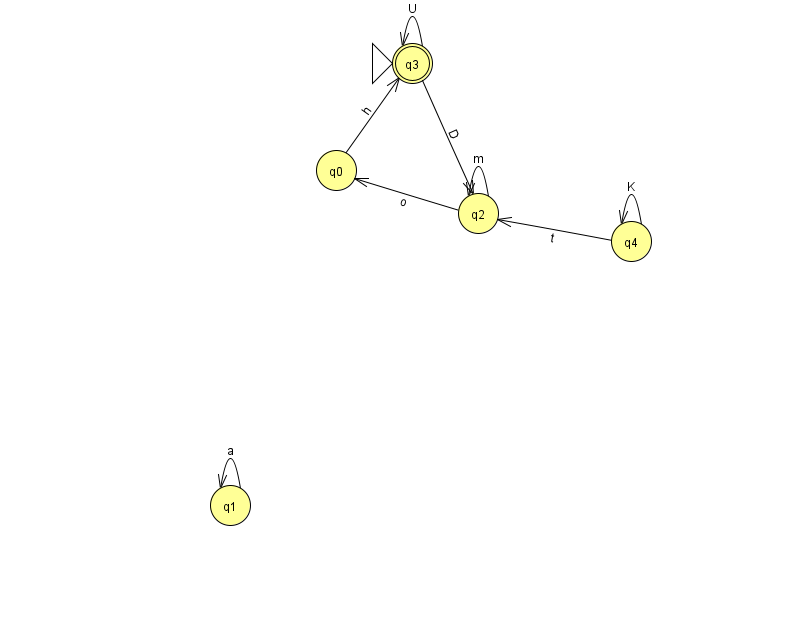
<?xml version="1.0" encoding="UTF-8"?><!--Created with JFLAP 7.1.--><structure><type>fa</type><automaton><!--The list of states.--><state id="0" name="q0"><x>336.0</x><y>157.0</y></state><state id="1" name="q1"><x>230.0</x><y>492.0</y></state><state id="2" name="q2"><x>478.0</x><y>200.0</y></state><state id="3" name="q3"><x>412.0</x><y>50.0</y><initial/><final/></state><state id="4" name="q4"><x>631.0</x><y>228.0</y></state><!--The list of transitions.--><transition><from>1</from><to>1</to><read>a</read></transition><transition><from>2</from><to>0</to><read>o</read></transition><transition><from>4</from><to>2</to><read>t</read></transition><transition><from>3</from><to>3</to><read>U</read></transition><transition><from>4</from><to>4</to><read>K</read></transition><transition><from>2</from><to>2</to><read>m</read></transition><transition><from>0</from><to>3</to><read>h</read></transition><transition><from>3</from><to>2</to><read>D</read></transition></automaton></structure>